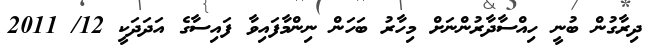
ދިރާގުން ބުނީ ހިއްސާދާރުންނަށް މިހާރު ބަހަން ނިންމާފައިވާ ފައިސާގެ އަދަދަކީ 12/ 2011